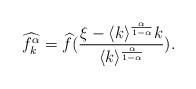
LaTeX: \begin{align*}\widehat{f_k^{\alpha}}=\widehat{f}(\frac{\xi-\langle k\rangle^{\frac{\alpha}{1-\alpha}}k}{\langle k\rangle^{\frac{\alpha}{1-\alpha}}}).\end{align*}